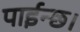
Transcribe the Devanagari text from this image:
पाईन्छ।